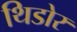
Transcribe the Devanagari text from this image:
थिडोर